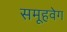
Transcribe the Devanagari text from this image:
समूहवेग